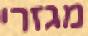
מגזרי